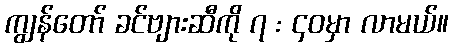
ကျွန်တော် ခင်ဗျားဆီကို ၇ : ၄၀မှာ လာမယ်။